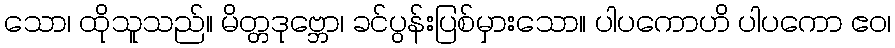
သော၊ ထိုသူသည်။ မိတ္တဒုဗ္ဘော၊ ခင်ပွန်းပြစ်မှားသော။ ပါပကောဟိ ပါပကော ဧဝ၊